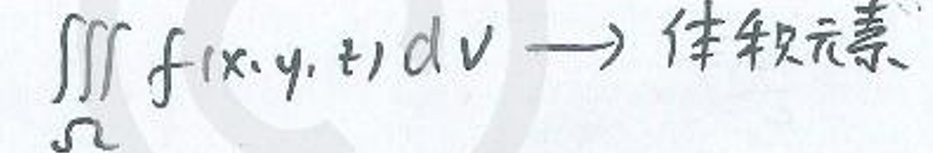
\iiint\limits_{\Omega} f(x,y,z)dv \rightarrow 体积元素